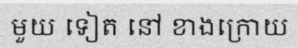
មួយ ទៀត នៅ ខាងក្រោយ